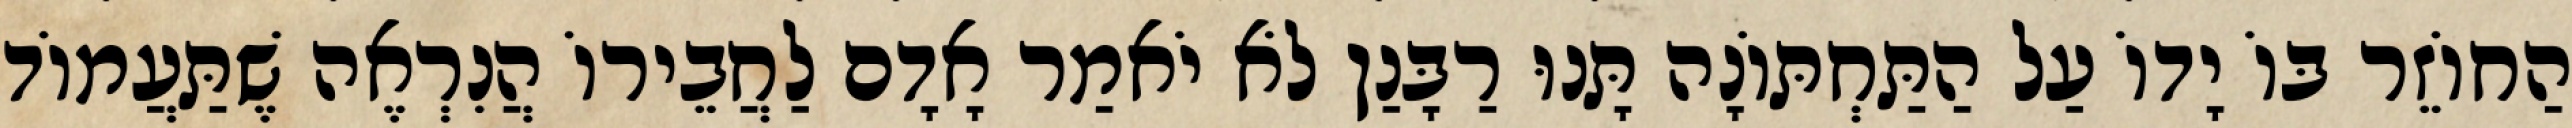
הַחוֹזֵר בּוֹ יָדוֹ עַל הַתַּחְתּוֹנָה תָּנוּ רַבָּנַן לֹא יֹאמַר אָדָם לַחֲבֵירוֹ הֲנִרְאֶה שֶׁתַּעֲמוֹד